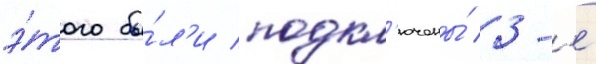
э́того бы́л'и подкл'ючены́ 3-е́